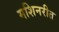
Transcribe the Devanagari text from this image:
मशिनरीत